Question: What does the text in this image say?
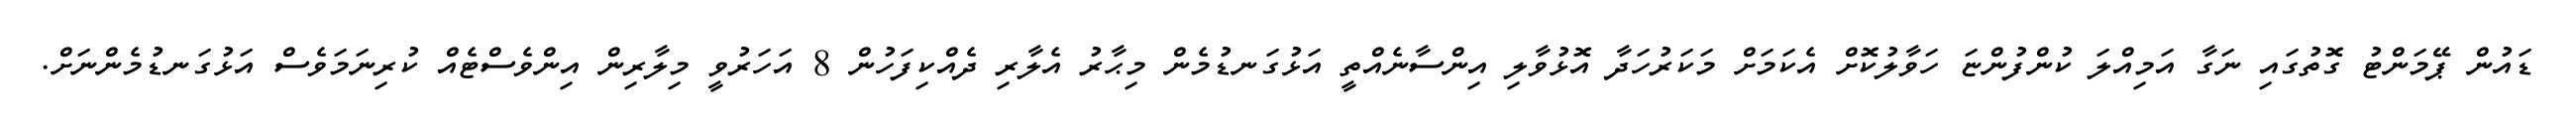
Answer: ޑައުން ޕޭމަންޓު ގޮތުގައި ނަގާ އަމިއްލަ ކުންފުންޏަ ހަވާލުކޮށް އެކަމަށް މަކަރުހަދާ އޮޅުވާލި އިންސާނެއްތީ އަޅުގަނޑުމެން މިޙާރު އެލާރި ދެއްކިފަހުން 8 އަހަރުވީ މިލާރިން އިންވެސްޓެއް ކުރިނަމަވެސް އަޅުގަނޑުމެންނަށް.